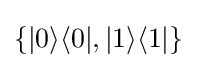
\{\vert 0\rangle \langle 0\vert ,\vert 1\rangle \langle 1\vert \}